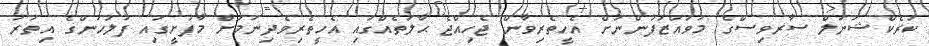
ކަރެކްޝަނަލް ސާރވިސްގެ މުވައްޒަފުންނަށް އެހީތެރިވާން ޖެހިއްޖެ ޙާލަތެއްގައި އެހީތެރިވެދިނުމަށް މާފުށީގައި ފުލުހުންގެ އިތުރު